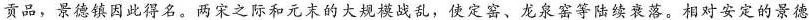
贡品，景德镇因此得名。两宋之际和元末的大规模战乱，使定窑、龙泉窑等陆续衰落。相对安定的景德